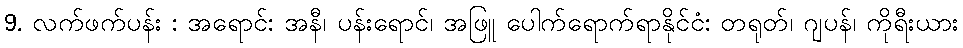
9. လက်ဖက်ပန်း : အရောင်: အနီ၊ ပန်းရောင်၊ အဖြူ ပေါက်ရောက်ရာနိုင်ငံ: တရုတ်၊ ဂျပန်၊ ကိုရီးယား